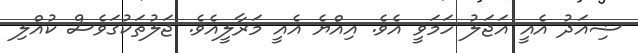
ޟިއަދު އެއީ އަޖަލު ހަމަވީ އެވެ. އިއްޔެ އެއީ މަރާލީއެވެ. ޖަލުތަކުގަވެސް ކުއްލި